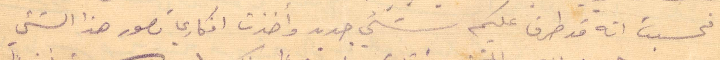
فحسيت انه قد طرق عليكم شيء جديد وأخذت افكاري تصور هذا الشيء